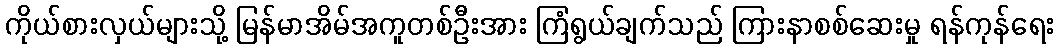
ကိုယ်စားလှယ်များသို့ မြန်မာအိမ်အကူတစ်ဦးအား ကြံရွယ်ချက်သည် ကြားနာစစ်ဆေးမှု ရန်ကုန်ရေး